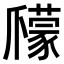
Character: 𤔽